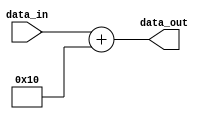
module parameter_assignment_example #(parameter WIDTH = 8) (
    input [WIDTH-1:0] data_in,
    output [WIDTH-1:0] data_out
);

// Parameter assignment statement
parameter BUS_WIDTH = 16;

// Behavioral modeling block
always @ (data_in) begin
    // Perform operations based on parameter values
    data_out = data_in + BUS_WIDTH;
end

endmodule